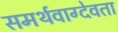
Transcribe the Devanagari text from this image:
समर्थवाग्देवता